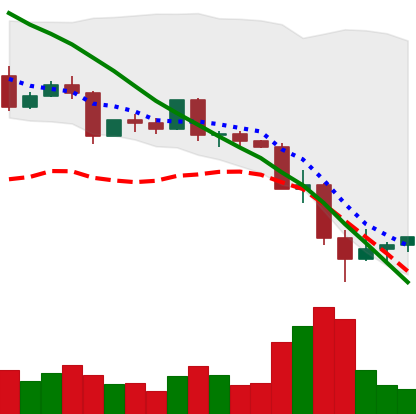
Ticker: EOS-USD
Chart end date: 2022-05-15
Forward return: -9.144%
Label: down_7plus